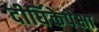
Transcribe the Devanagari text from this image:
दीर्घिकेपेक्षा